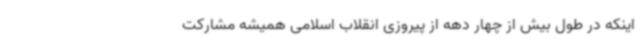
اینکه در طول بیش از چهار دهه از پیروزی انقلاب اسلامی همیشه مشارکت